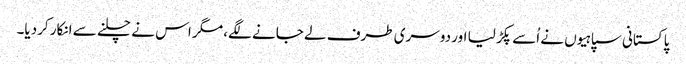
پاکستانی سپاہیوں نے اُسے پکڑ لیا اور دوسری طرف لے جانے لگے، مگر اس نے چلنے سے انکار کردیا۔